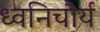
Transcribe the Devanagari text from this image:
ध्वनिचौर्य